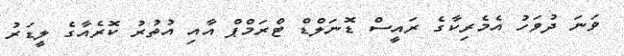
ވަނަ ދުވަހު އެމެރިކާގެ ރައީސް ޑޮނަލްޑް ޓްރަމްޕް އާއި އުތުރު ކޮރެއާގެ ލީޑަރު